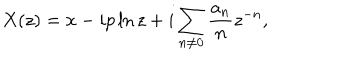
LaTeX: X ( z ) = x - i p \ln z + i \sum _ { n \neq 0 } \frac { a _ { n } } n z ^ { - n } ,